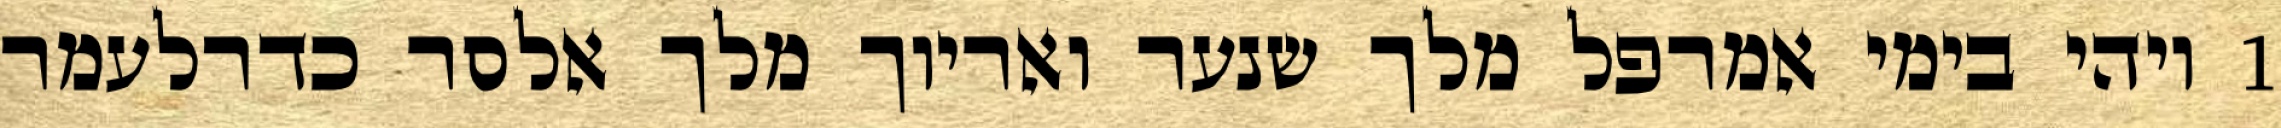
1 ויהי בימי אמרפל מלך שנער ואריוך מלך אלסר כדרלעמר